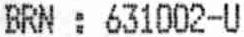
BRN : 631002-U